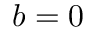
b = 0